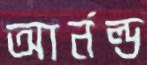
আর্নল্ড